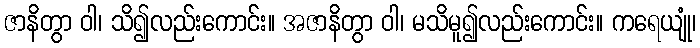
ဇာနိတွာ ဝါ၊ သိ၍လည်းကောင်း။ အဇာနိတွာ ဝါ၊ မသိမူ၍လည်းကောင်း။ ကရေယျုံ၊